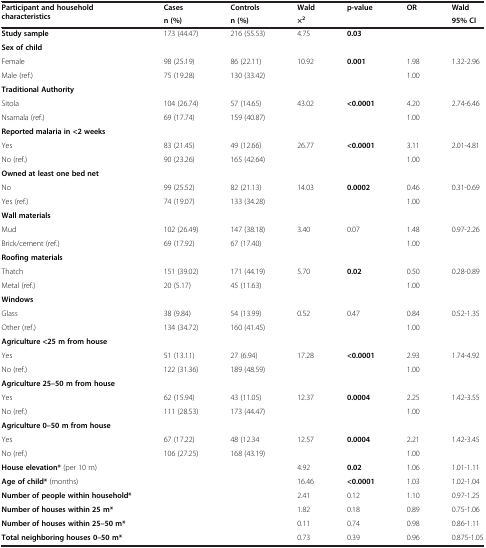
<table><thead><tr><td rowspan="2"><b>Participant and household characteristics</b></td><td><b>Cases</b></td><td><b>Controls</b></td><td><b>Wald</b></td><td><b>p-value</b></td><td><b>OR</b></td><td><b>Wald</b></td></tr><tr><td><b>n (%)</b></td><td><b>n (%)</b></td><td><b>×<sup>2</sup></b></td><td><b> </b></td><td><b> </b></td><td><b>95% CI</b></td></tr></thead><tbody><tr><td><b>Study sample</b></td><td>173 (44.47)</td><td>216 (55.53)</td><td>4.75</td><td><b>0.03</b></td><td> </td><td> </td></tr><tr><td><b>Sex of child</b></td><td colspan="6"> </td></tr><tr><td>Female</td><td>98 (25.19)</td><td>86 (22.11)</td><td>10.92</td><td><b>0.001</b></td><td>1.98</td><td>1.32-2.96</td></tr><tr><td>Male (ref.)</td><td>75 (19.28)</td><td>130 (33.42)</td><td> </td><td> </td><td>1.00</td><td> </td></tr><tr><td><b>Traditional Authority</b></td><td colspan="6"> </td></tr><tr><td>Sitola</td><td>104 (26.74)</td><td>57 (14.65)</td><td>43.02</td><td><b>&lt;0.0001</b></td><td>4.20</td><td>2.74-6.46</td></tr><tr><td>Nsamala (ref.)</td><td>69 (17.74)</td><td>159 (40.87)</td><td> </td><td> </td><td>1.00</td><td> </td></tr><tr><td><b>Reported malaria in &lt;2 weeks</b></td><td colspan="6"> </td></tr><tr><td>Yes</td><td>83 (21.45)</td><td>49 (12.66)</td><td>26.77</td><td><b>&lt;0.0001</b></td><td>3.11</td><td>2.01-4.81</td></tr><tr><td>No (ref.)</td><td>90 (23.26)</td><td>165 (42.64)</td><td> </td><td> </td><td>1.00</td><td> </td></tr><tr><td><b>Owned at least one bed net</b></td><td colspan="6"> </td></tr><tr><td>No</td><td>99 (25.52)</td><td>82 (21.13)</td><td>14.03</td><td><b>0.0002</b></td><td>0.46</td><td>0.31-0.69</td></tr><tr><td>Yes (ref.)</td><td>74 (19.07)</td><td>133 (34.28)</td><td> </td><td> </td><td>1.00</td><td> </td></tr><tr><td><b>Wall materials</b></td><td> </td><td> </td><td> </td><td> </td><td> </td><td> </td></tr><tr><td>Mud</td><td>102 (26.49)</td><td>147 (38.18)</td><td>3.40</td><td>0.07</td><td>1.48</td><td>0.97-2.26</td></tr><tr><td>Brick/cement (ref.)</td><td>69 (17.92)</td><td>67 (17.40)</td><td> </td><td> </td><td>1.00</td><td> </td></tr><tr><td><b>Roofing materials</b></td><td colspan="6"> </td></tr><tr><td>Thatch</td><td>151 (39.02)</td><td>171 (44.19)</td><td>5.70</td><td><b>0.02</b></td><td>0.50</td><td>0.28-0.89</td></tr><tr><td>Metal (ref.)</td><td>20 (5.17)</td><td>45 (11.63)</td><td> </td><td> </td><td>1.00</td><td> </td></tr><tr><td><b>Windows</b></td><td colspan="6"> </td></tr><tr><td>Glass</td><td>38 (9.84)</td><td>54 (13.99)</td><td>0.52</td><td>0.47</td><td>0.84</td><td>0.52-1.35</td></tr><tr><td>Other (ref.)</td><td>134 (34.72)</td><td>160 (41.45)</td><td> </td><td> </td><td>1.00</td><td> </td></tr><tr><td><b>Agriculture &lt;25 m from house</b></td><td colspan="6"> </td></tr><tr><td>Yes</td><td>51 (13.11)</td><td>27 (6.94)</td><td>17.28</td><td><b>&lt;0.0001</b></td><td>2.93</td><td>1.74-4.92</td></tr><tr><td>No (ref.)</td><td>122 (31.36)</td><td>189 (48.59)</td><td> </td><td> </td><td>1.00</td><td> </td></tr><tr><td><b>Agriculture 25–50 m from house</b></td><td colspan="6"> </td></tr><tr><td>Yes</td><td>62 (15.94)</td><td>43 (11.05)</td><td>12.37</td><td><b>0.0004</b></td><td>2.25</td><td>1.42-3.55</td></tr><tr><td>No (ref.)</td><td>111 (28.53)</td><td>173 (44.47)</td><td> </td><td> </td><td>1.00</td><td> </td></tr><tr><td><b>Agriculture 0–50 m from house</b></td><td colspan="6"> </td></tr><tr><td>Yes</td><td>67 (17.22)</td><td>48 (12.34</td><td>12.57</td><td><b>0.0004</b></td><td>2.21</td><td>1.42-3.45</td></tr><tr><td>No (ref.)</td><td>106 (27.25)</td><td>168 (43.19)</td><td> </td><td> </td><td>1.00</td><td> </td></tr><tr><td><b>House elevation*</b> (per 10 m)</td><td> </td><td> </td><td>4.92</td><td><b>0.02</b></td><td>1.06</td><td>1.01-1.11</td></tr><tr><td><b>Age of child*</b> (months)</td><td> </td><td> </td><td>16.46</td><td><b>&lt;0.0001</b></td><td>1.03</td><td>1.02-1.04</td></tr><tr><td><b>Number of people within household*</b></td><td> </td><td> </td><td>2.41</td><td>0.12</td><td>1.10</td><td>0.97-1.25</td></tr><tr><td><b>Number of houses within 25 m*</b></td><td> </td><td> </td><td>1.82</td><td>0.18</td><td>0.89</td><td>0.75-1.06</td></tr><tr><td><b>Number of houses within 25–50 m*</b></td><td> </td><td> </td><td>0.11</td><td>0.74</td><td>0.98</td><td>0.86-1.11</td></tr><tr><td><b>Total neighboring houses 0–50 m*</b></td><td> </td><td> </td><td>0.73</td><td>0.39</td><td>0.96</td><td>0.875-1.05</td></tr></tbody></table>